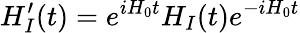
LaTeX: H_{I}^{\prime}(t)=e^{iH_{0}t}H_{I}(t)e^{-iH_{0}t}